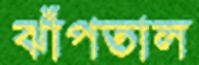
ঝাঁপতাল